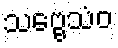
သဗ္ဗေသံဝ